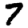
Digit: 7